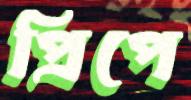
প্রিপে